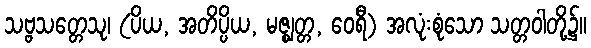
သဗ္ဗသတ္တေသု၊ (ပိယ, အတိပ္ပိယ, မဇ္ဈတ္တ, ဝေရီ) အလုံးစုံသော သတ္တဝါတို့၌။